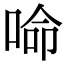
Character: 𠵴